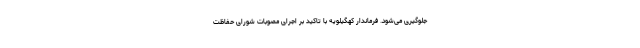
جلوگیری می‌شود. فرماندار کهگیلویه با تاکید بر اجرای مصوبات شورای حفاظت